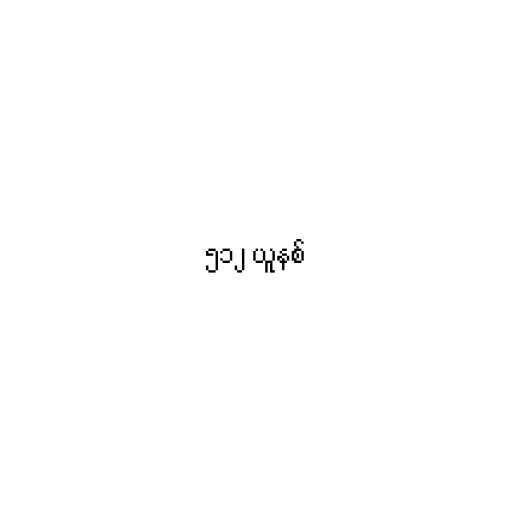
၅၁၂ ယူနစ်